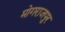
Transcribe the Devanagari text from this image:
मोगराजपुर